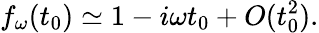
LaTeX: f_{\omega}(t_{0})\simeq 1-i\omega t_{0}+O(t_{0}^{2}).